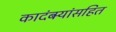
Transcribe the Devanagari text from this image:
कादंबर्‍यांसहित